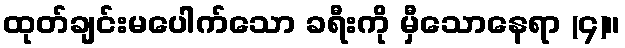
ထုတ်ချင်းမပေါက်သော ခရီးကို မှီသောနေရာ (၄)။